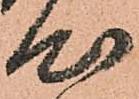
心